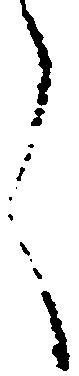
言